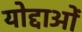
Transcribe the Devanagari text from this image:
योद्दाओं